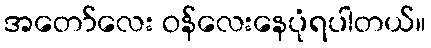
အတော်လေး ဝန်လေးနေပုံရပါတယ်။